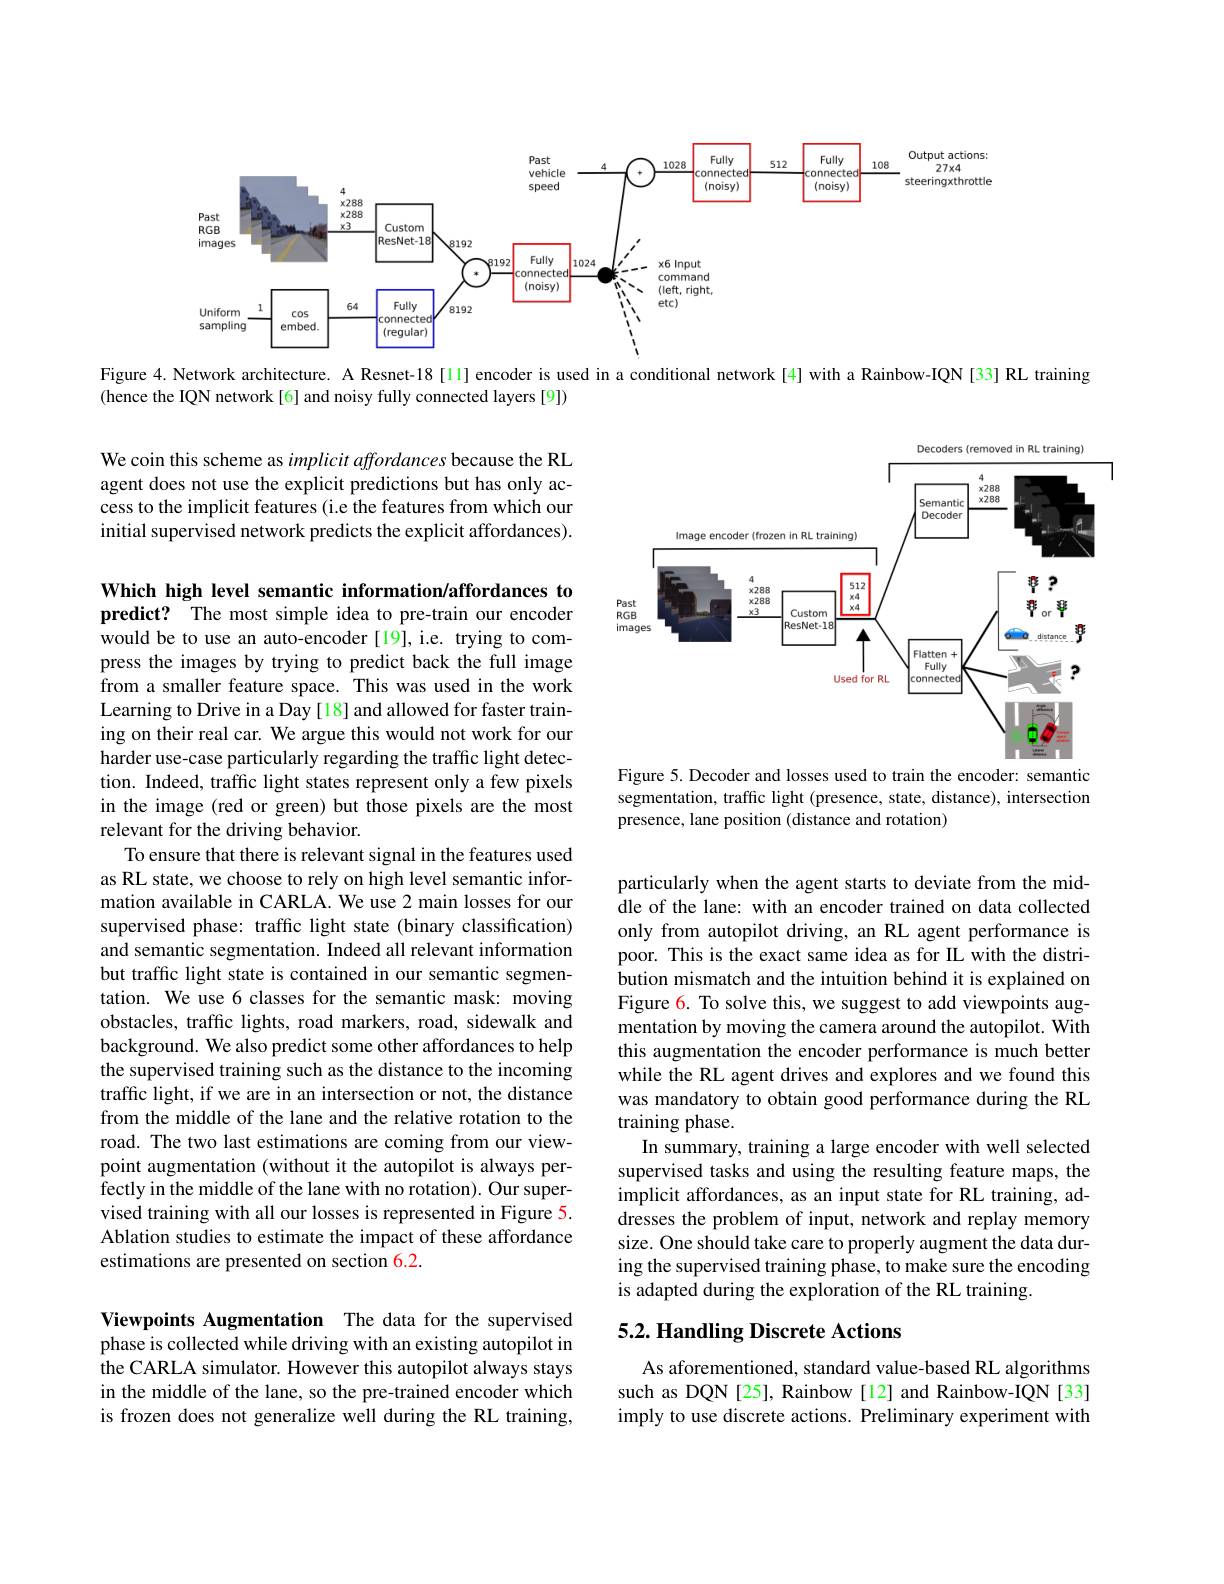
<FigureHere>

Figure 4. Network architecture. A Resnet-18[ll] encoder is used in a conditional network[4] with a Rainbow-IQN[33] RL training

(hence the IQN network[6] and noisy fully connected layers[9])

We coin this scheme as implicit affordances because the RL agent does not use the explicit predictions but has only access to the implicit features (i.e the features from which our initial supervised network predicts the explicit affordances).

<FigureHere>

Figure 5. Decoder and losses used to train the encoder: semantic segmentation, traffic light (presence, state, distance), intersection presence, lane position (distance and rotation)

Which high level semantic information/affordances to predict? The most simple idea to pre-train our encoder would be to use an auto-encoder [19], i.e. trying to compress the images by trying to predict back the full image from a smaller feature space. This was used in the work Learning to Drive in a Day [18] and allowed for faster training on their real car. We argue this would not work for our harder use-case particularly regarding the traffic light detection. Indeed, traffic light states represent only a few pixels in the image (red or green) but those pixels are the most relevant for the driving behavior.
To ensure that there is relevant signal in the features used as RL state, we choose to rely on high level semantic information available in CARLA. We use 2 main losses for our supervised phase: traffic light state (binary classification) and semantic segmentation. Indeed all relevant information but traffic light state is contained in our semantic segmentation. We use 6 classes for the semantic mask: moving obstacles, traffic lights, road markers, road, sidewalk and background. We also predict some other affordances to help the supervised training such as the distance to the incoming traffic light, if we are in an intersection or not, the distance from the middle of the lane and the relative rotation to the road. The two last estimations are coming from our viewpoint augmentation (without it the autopilot is always perfectly in the middle of the lane with no rotation). Our supervised training with all our losses is represented in Figure 5. Ablation studies to estimate the impact of these affordance estimations are presented on section 6.2.

particularly when the agent starts to deviate from the middle of the lane: with an encoder trained on data collected only from autopilot driving, an RL agent performance is poor. This is the exact same idea as for IL with the distribution mismatch and the intuition behind it is explained on Figure 6. To solve this, we suggest to add viewpoints augmentation by moving the camera around the autopilot. With this augmentation the encoder performance is much better while the RL agent drives and explores and we found this was mandatory to obtain good performance during the RL training phase.
In summary, training a large encoder with well selected supervised tasks and using the resulting feature maps, the implicit affordances, as an input state for RL training, addresses the problem of input, network and replay memory size. One should take care to properly augment the data during the supervised training phase, to make sure the encoding is adapted during the exploration of the RL training.

## 5.2. Handling Discrete Actions

Viewpoints Augmentation The data for the supervised phase is collected while driving with an existing autopilot in the CARLA simulator. However this autopilot always stays in the middle of the lane, so the pre-trained encoder which is frozen does not generalize well during the RL training,

As aforementioned, standard value-based RL algorithms such as DQN[25], Rainbow[12] and Rainbow-IQN[33] imply to use discrete actions. Preliminary experiment with